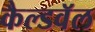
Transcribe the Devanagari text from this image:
कैल्डवॅल